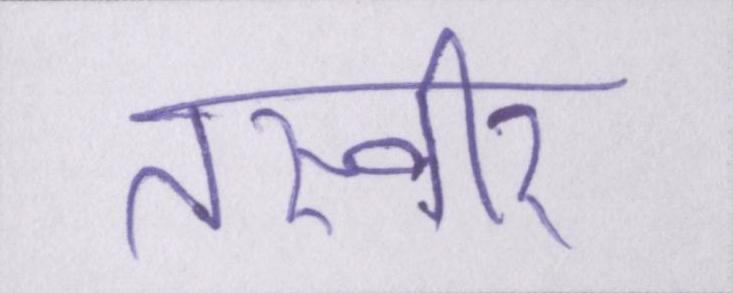
तस्वीर